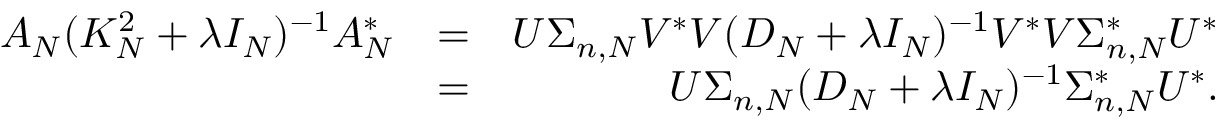
\begin{array} { r l r } { A _ { N } ( K _ { N } ^ { 2 } + \lambda I _ { N } ) ^ { - 1 } A _ { N } ^ { * } } & { = } & { U \Sigma _ { n , N } V ^ { * } V ( D _ { N } + \lambda I _ { N } ) ^ { - 1 } V ^ { * } V \Sigma _ { n , N } ^ { * } U ^ { * } } \\ & { = } & { U \Sigma _ { n , N } ( D _ { N } + \lambda I _ { N } ) ^ { - 1 } \Sigma _ { n , N } ^ { * } U ^ { * } . } \end{array}